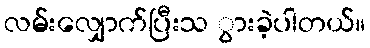
လမ်းလျှောက်ပြီးသ ွားခဲ့ပါတယ်။